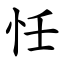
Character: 忹